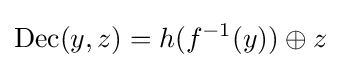
{\rm {Dec}}(y,z)=h(f^{-1}(y))\oplus z